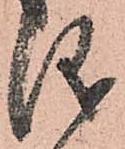
儀